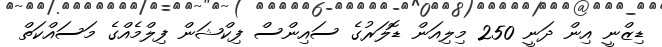
ޑިޒްނީ އިން ދަނީ 250 މިލިއަން ޑޮލަރުގެ ސައިންސް ފިކްޝަން ފިލްމެއްގެ މަސައްކަތް